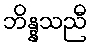
ဘိန္နသညီ